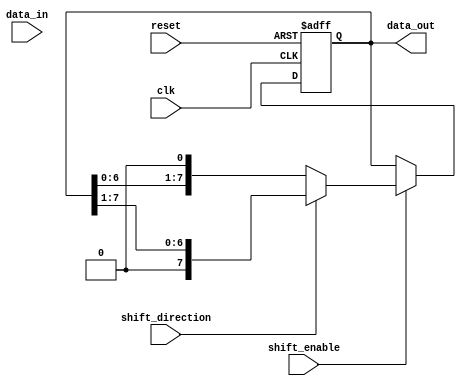
module ParameterizedShiftRegister #(
    parameter WIDTH = 8 // Parameter for the width of the shift register
)(
    input wire clk,               // Clock signal
    input wire reset,             // Asynchronous reset
    input wire shift_enable,      // Shift control
    input wire shift_direction,    // Shift direction: 0 for left, 1 for right
    input wire [WIDTH-1:0] data_in, // Parallel data input
    output reg [WIDTH-1:0] data_out // Parallel data output
);

// Internal register to hold the shift register state
reg [WIDTH-1:0] shift_reg;

// Always block for synchronous operation
always @(posedge clk or posedge reset) begin
    if (reset) begin
        // Asynchronous reset
        shift_reg <= {WIDTH{1'b0}}; // Clear all bits to zero
    end else if (shift_enable) begin
        // Shift operation
        if (shift_direction) begin
            // Shift right
            shift_reg <= {1'b0, shift_reg[WIDTH-1:1]};
        end else begin
            // Shift left
            shift_reg <= {shift_reg[WIDTH-2:0], 1'b0};
        end
    end else begin
        // Hold previous state
        shift_reg <= shift_reg;
    end
end

// Assigning the shift register state to the data_out output
assign data_out = shift_reg;

endmodule